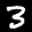
Label: 3